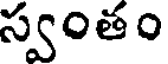
స్వంతం